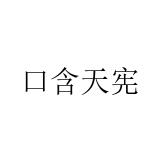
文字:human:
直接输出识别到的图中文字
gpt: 口含天宪